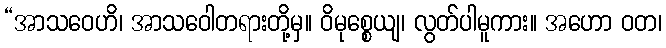
“အာသဝေဟိ၊ အာသဝေါတရားတို့မှ။ ဝိမုစ္စေယျ၊ လွတ်ပါမူကား။ အဟော ဝတ၊